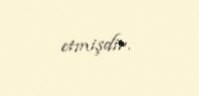
etmişdir.